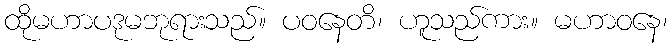
ထိုမဟာပဒုမဘုရားသည်။ ပဝနေတိ၊ ဟူသည်ကား။ မဟာဝနေ၊